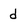
Character: d